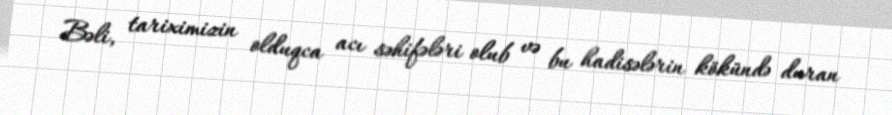
Bəli, tariximizin olduqca acı səhifələri olub və bu hadisələrin kökündə duran